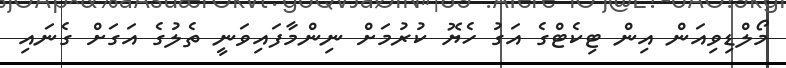
މޯލްޑިވިއަން އިން ޓިކެޓްގެ އަގު ހެޔޮ ކުރުމަށް ނިންމާފައިވަނީ ތެލުގެ އަގަށް ގެނައި